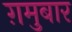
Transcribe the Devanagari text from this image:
ग़मुबार